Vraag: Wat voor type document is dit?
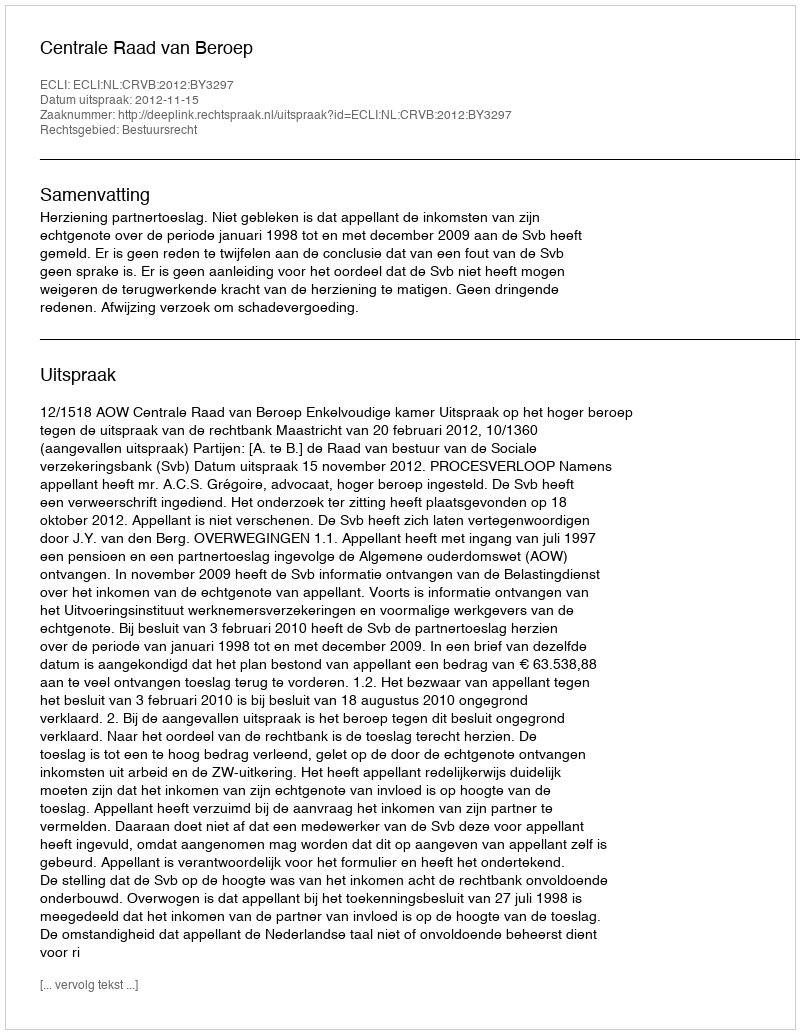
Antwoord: Uitspraak